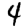
Digit: 4